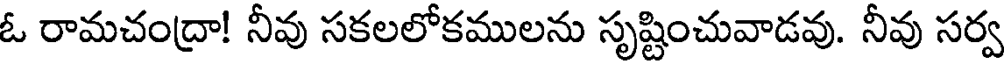
ఓ రామచంద్రా! నీవు సకలలోకములను సృష్టించువాడవు. నీవు సర్వ